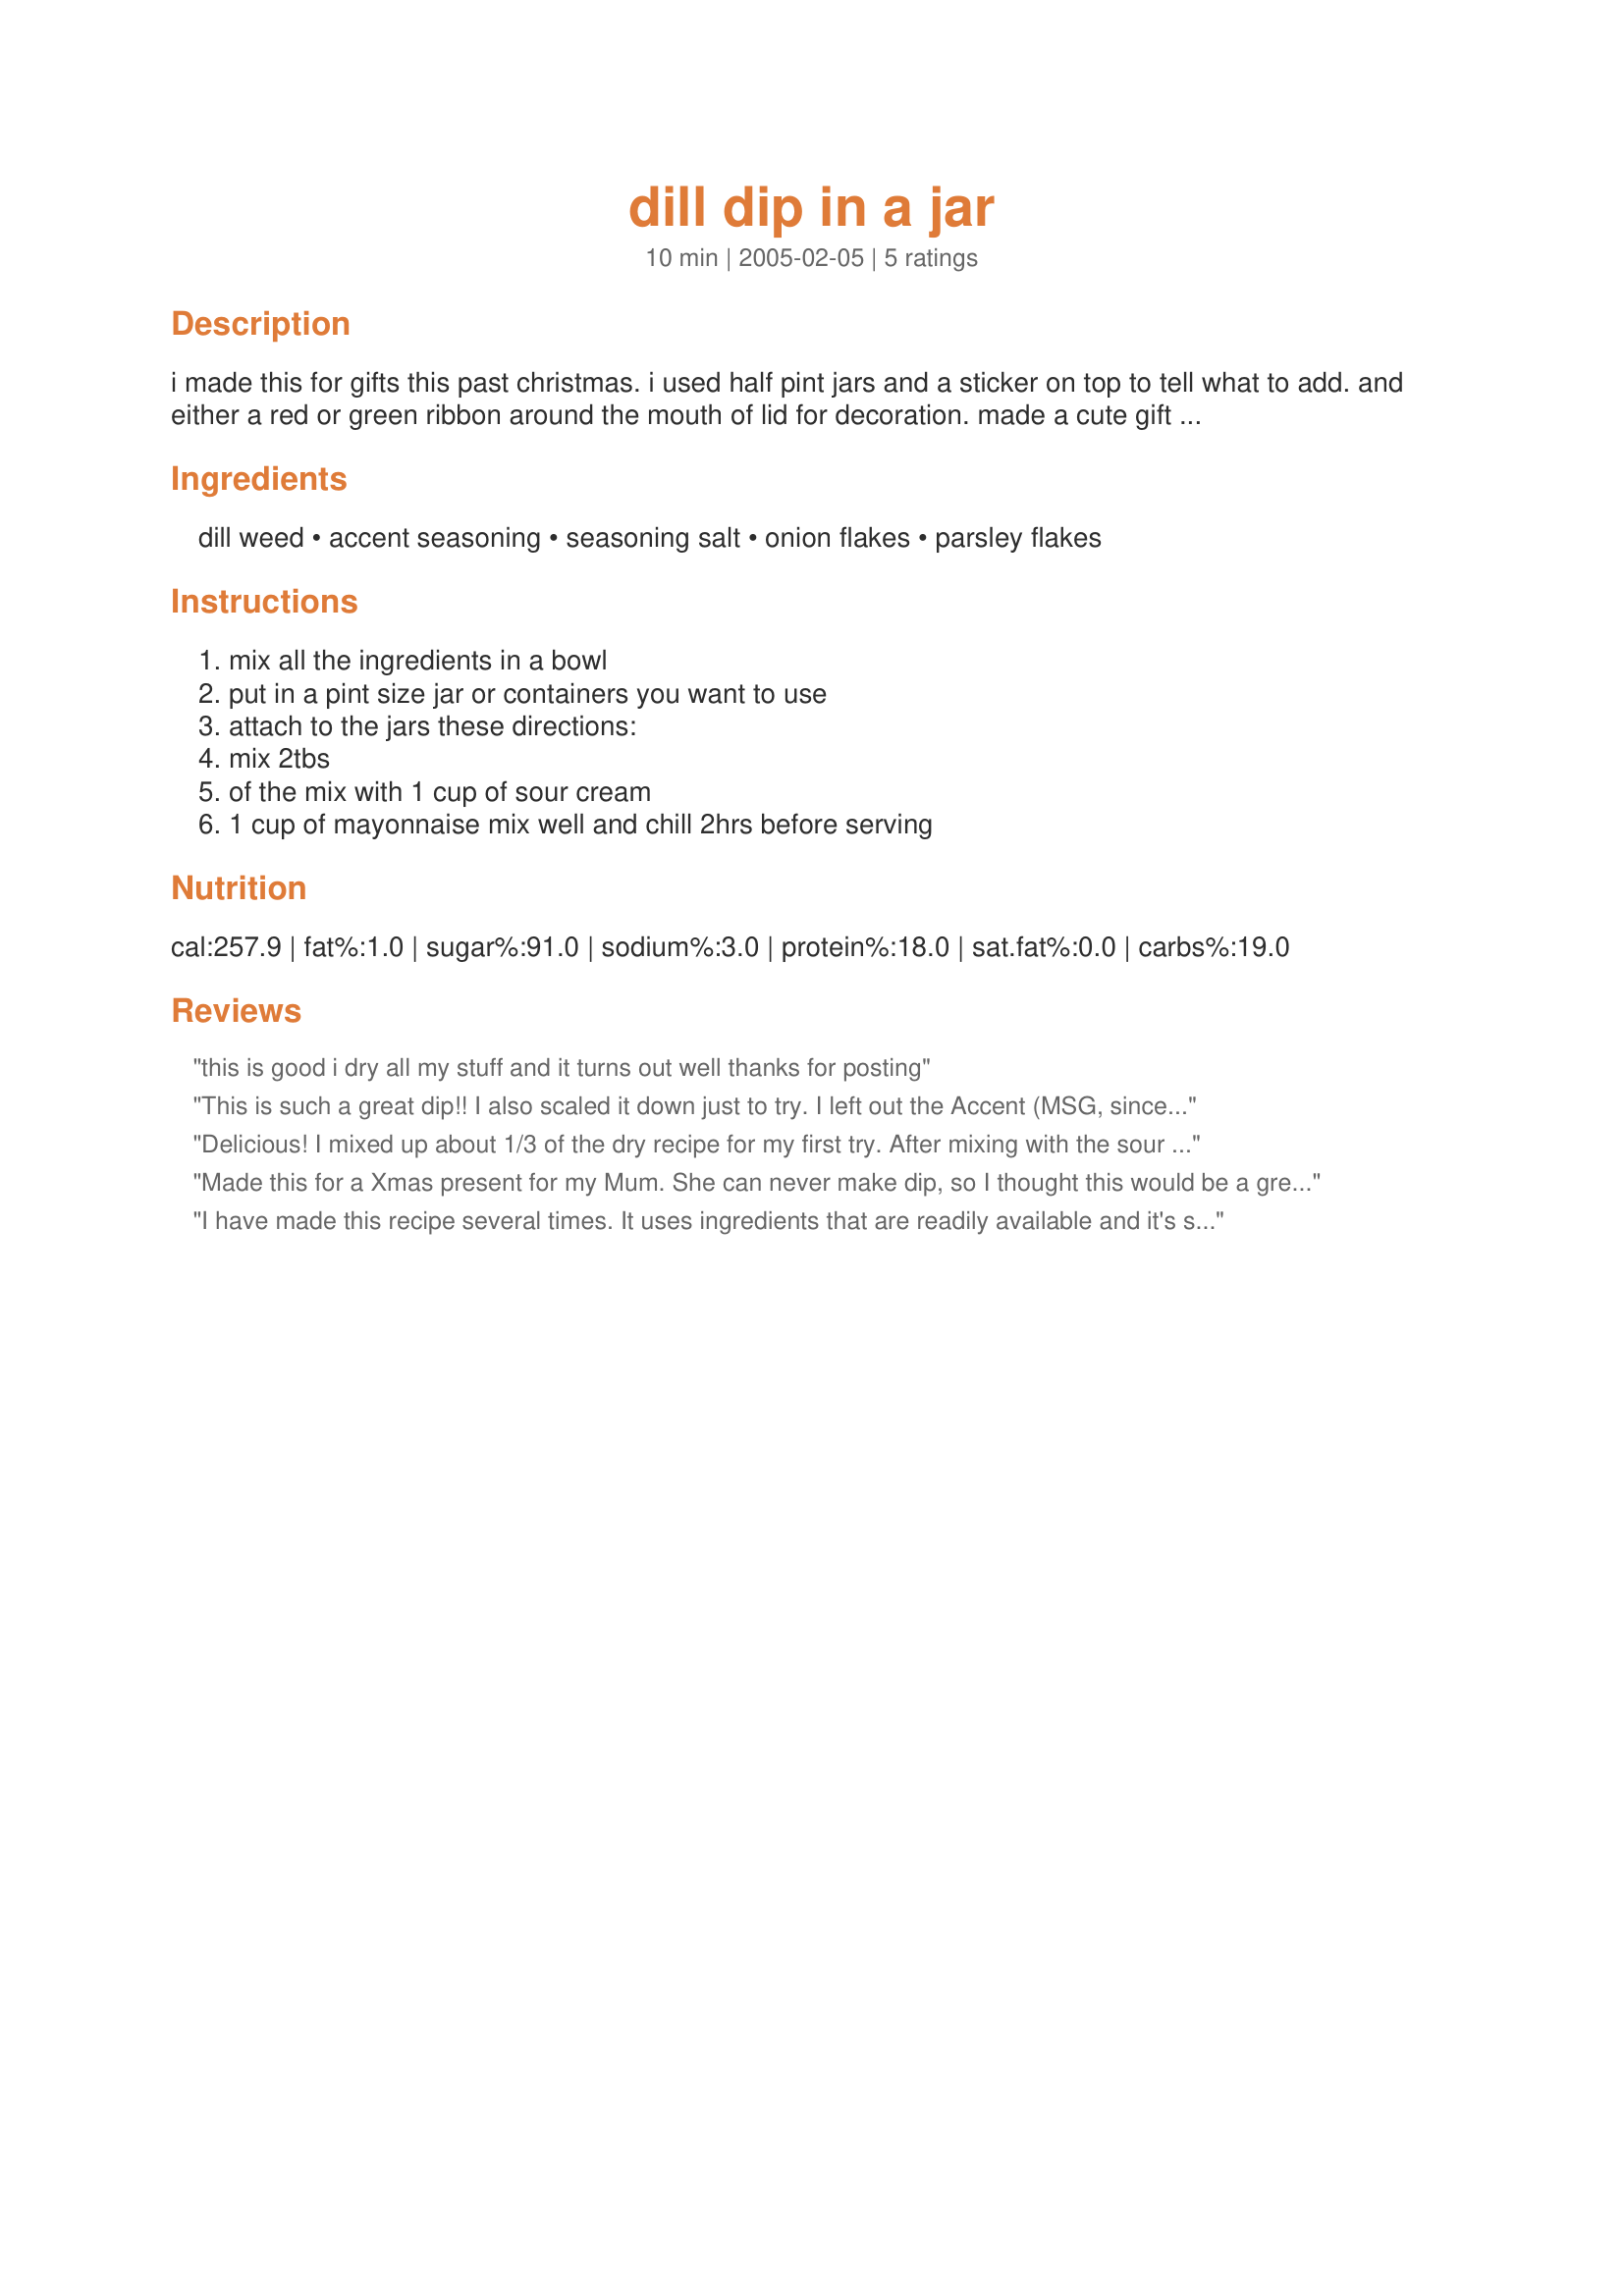
dill dip in a jar
Preparation time: 10 minutes

i made this for gifts this past christmas. i used half pint jars and a sticker on top to tell what to add. and either a red or green ribbon around the mouth of lid for decoration. made a cute gift and it is easy to make.

Ingredients:
dill weed, accent seasoning, seasoning salt, onion flakes, parsley flakes

Steps:
mix all the ingredients in a bowl, put in a pint size jar or containers you want to use, attach to the jars these directions:, mix 2tbs, of the mix with 1 cup of sour cream, 1 cup of mayonnaise mix well and chill 2hrs before serving

Reviews:
this is good i dry all my stuff and it turns out well thanks for posting
This is such a great dip!! I also scaled it down just to try. I left out the Accent (MSG, since I am pregnant)I think next time I will also cut the salt a bit but just for personal tastes.
Delicious! I mixed up about 1/3 of the dry recipe for my first try. After mixing with the sour cream and mayo, I found it hard to wait till it chilled before diving it! I literally have put it on everything I have eaten since making it (sweets not included). I think it would be delicious served on a baked potato or plain veggies (which I did try it on and it was yummy)! Heck, I almost forgot to try it with crackers or chips! I did try it with veggie twists and of course it was great! Great recipe! Thanks MarshaD!
Made this for a Xmas present for my Mum. She can never make dip, so I thought this would be a great idea for her. I made a half pint for her. There was a little left over so I prepared some to eat. It is absolutely delicious. I too did not add the Accent, just added a bit of garlic powder instead. A great flavor, thanks for posting this.
I have made this recipe several times. It uses ingredients that are readily available and it's so quick and easy to mix together. The only thing I do differently is I omit the accent and I add 2 tsp garlic powder to the mix. It is good served with fresh veggies or potato chips.
